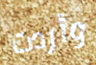
وأردت